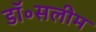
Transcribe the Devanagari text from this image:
डॉ॰सलीम